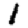
Digit: 1